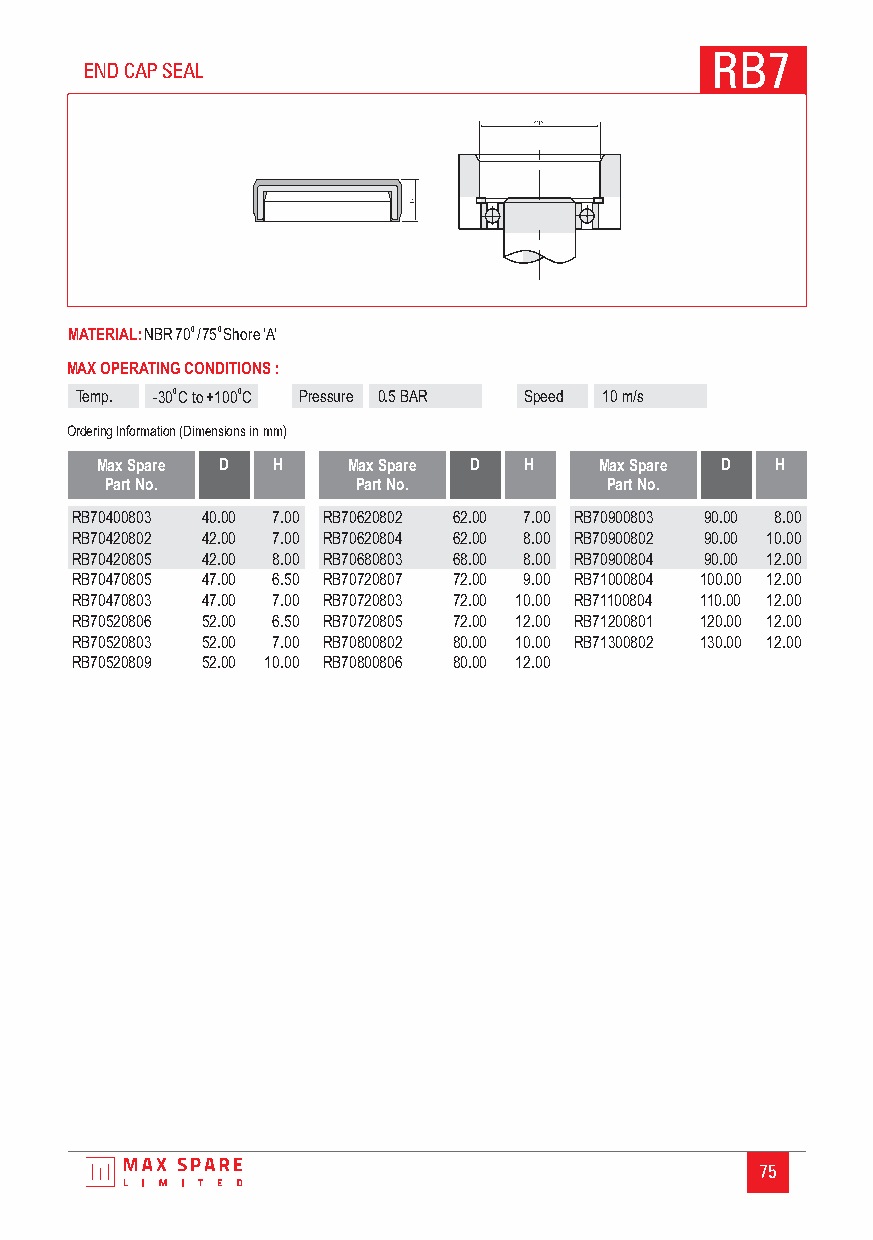
RB7
 END CAP SEAL
 MATERIAL:NBR700/750Shore‘A’
 MAX OPERATING CONDITIONS :
 Temp. -300C to+1000C Pressure 0.5 BAR Speed 10 m/s
 Ordering Information (Dimensions in mm)
 Max Spare D H    Max Spare D H    Max Spare D H
 Part No.         Part No.        Part No.
 RB70400803 40.00 7.00 RB70620802 62.00 7.00 RB70900803 90.00 8.00
 RB70420802 42.00 7.00 RB70620804 62.00 8.00 RB70900802 90.00 10.00
 RB70420805 42.00 8.00 RB70680803 68.00 8.00 RB70900804 90.00 12.00
 RB70470805 47.00 6.50 RB70720807 72.00 9.00 RB71000804 100.00 12.00
 RB70470803 47.00 7.00 RB70720803 72.00 10.00 RB71100804 110.00 12.00
 RB70520806 52.00 6.50 RB70720805 72.00 12.00 RB71200801 120.00 12.00
 RB70520803 52.00 7.00 RB70800802 80.00 10.00 RB71300802 130.00 12.00
 RB70520809 52.00 10.00 RB70800806 80.00 12.00
 75